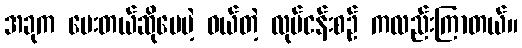
အခုက ပေးတယ်ဆိုပေမဲ့ ဝယ်တဲ့ လုပ်ငန်းစဉ် ကလည်းကြာတယ်။